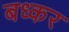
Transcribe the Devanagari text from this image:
बध्कर